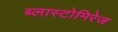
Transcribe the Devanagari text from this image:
ब्लास्टोमिरेज